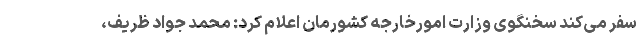
سفر می‌کند سخنگوی وزارت امورخارجه کشورمان اعلام کرد: محمد جواد ظریف،